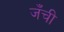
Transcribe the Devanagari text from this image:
जँची